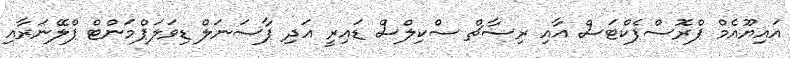
އައިޔޫއެމް ޕްރޮސްޕެކްޓަސް އާއި ރިސާޗް ސްކިލްސް ޑައިރީ އަދި ޕާސަނަލް ޑިވަލަޕްމަންޓް ޕްލޭނަރާއި